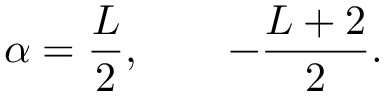
\alpha = { \frac { L } { 2 } } , ~ ~ ~ ~ ~ ~ - { \frac { L + 2 } { 2 } } .